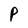
Character: P